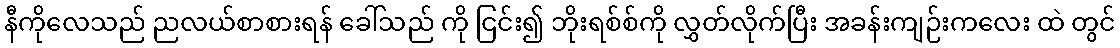
နီကိုလေသည် ညလယ်စာစားရန် ခေါ်သည် ကို ငြင်း၍ ဘိုးရစ်စ်ကို လွှတ်လိုက်ပြီး အခန်းကျဉ်းကလေး ထဲ တွင်